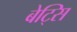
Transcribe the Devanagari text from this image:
बेट्सि